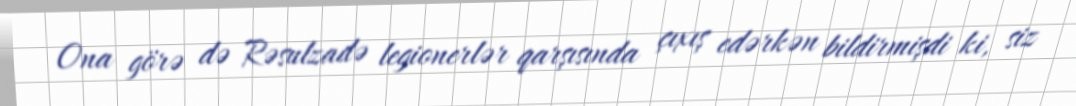
Ona görə də Rəsulzadə legionerlər qarşısında çıxış edərkən bildirmişdi ki, siz